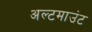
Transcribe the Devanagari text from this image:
अल्टमाउंट